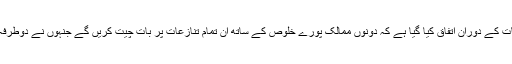
مسٹر سنگھ کا کہنا تھا کہ ملاقات کے دوران اتفاق کیا گیا ہے کہ دونوں ممالک پورے خلوص کے ساتھ ان تمام تنازعات پر بات چیت کریں گے جنہوں نے دوطرفہ تعلقات کو متاثر کر رکھا ہے۔